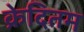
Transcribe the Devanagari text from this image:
क्रेदितम